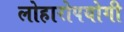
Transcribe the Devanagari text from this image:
लोहारोपयोगी